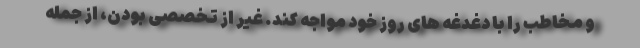
و مخاطب را با دغدغه های روز خود مواجه کند. غیر از تخصصی بودن، از جمله